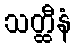
သတ္ထီနံ